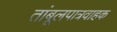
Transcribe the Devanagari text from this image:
तांबूलपात्रवाहक